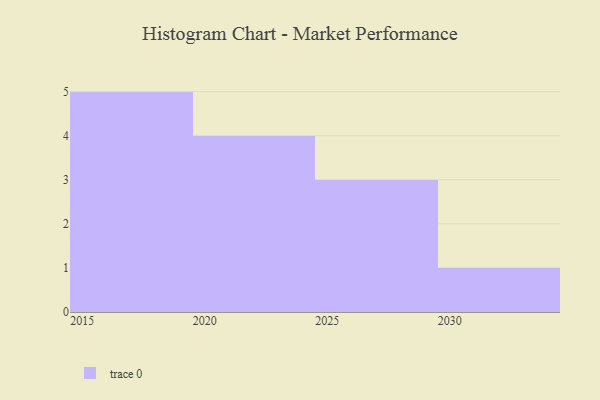
{"axis": {"x": "Year", "y": "Budget (USD K)"}, "legend": [""], "data": [{"x": "2028", "y": 46, "type": ""}, {"x": "2026", "y": 73, "type": ""}, {"x": "2016", "y": 5, "type": ""}, {"x": "2020", "y": 57, "type": ""}, {"x": "2015", "y": 35, "type": ""}, {"x": "2017", "y": 2, "type": ""}, {"x": "2025", "y": 21, "type": ""}, {"x": "2018", "y": 1, "type": ""}, {"x": "2019", "y": 52, "type": ""}, {"x": "2023", "y": 77, "type": ""}, {"x": "2030", "y": 53, "type": ""}, {"x": "2024", "y": 32, "type": ""}, {"x": "2021", "y": 39, "type": ""}]}